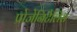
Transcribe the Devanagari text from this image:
प्रोजेनिटैलिस